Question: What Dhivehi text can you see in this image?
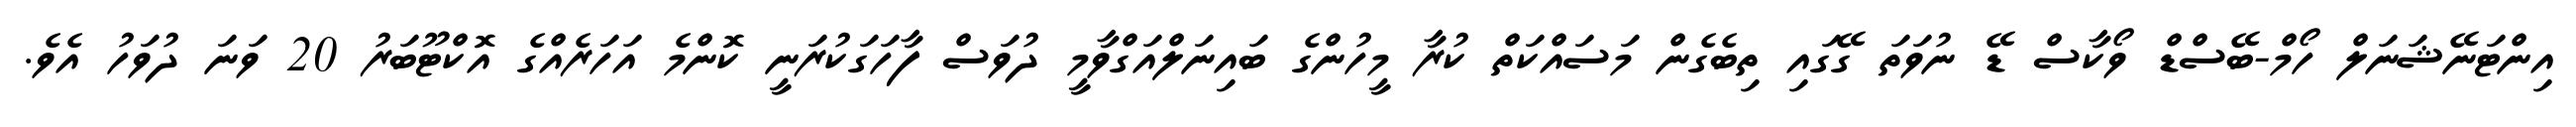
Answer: އިންޓަނޭޝަނަލް ހޯމް-ބޭސްޑް ވޯކާސް ޑޭ ނުވަތަ ގޭގައި ތިބެގެން މަސައްކަތް ކުރާ މީހުންގެ ބައިނަލްއަގްވާމީ ދުވަސް ފާހަގަކުރަނީ ކޮންމެ އަހަރެއްގެ އޮކްޓޫބަރު 20 ވަނަ ދުވަހު އެވެ.